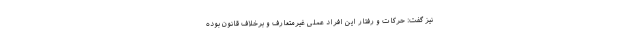
نیز گفت: حرکات و رفتار این افراد عملی غیرمتعارف و برخلاف قانون بوده